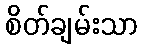
စိတ်ချမ်းသာ